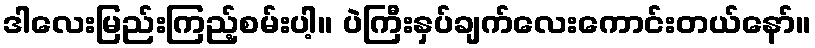
ဒါလေးမြည်းကြည့်စမ်းပါ့။ ပဲကြီးနှပ်ချက်လေးကောင်းတယ်နော်။